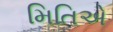
મિતિએ